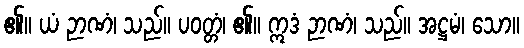
၏။ ယံ ဉာဏံ၊ သည်။ ပဝတ္တံ၊ ၏။ ဣဒံ ဉာဏံ၊ သည်။ အဋ္ဌမံ၊ သော။